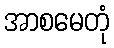
အာစမေတုံ